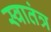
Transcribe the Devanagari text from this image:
स्‍वातंत्र